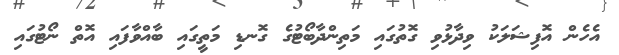
އެހެން އޮފިޝަލަކު ވިދާޅުވި ގޮތުގައި މަތިންދާބޯޓުގެ ގޮނޑި މަތީގައި ބާއްވާފައި އޮތް ނޯޓުގައި